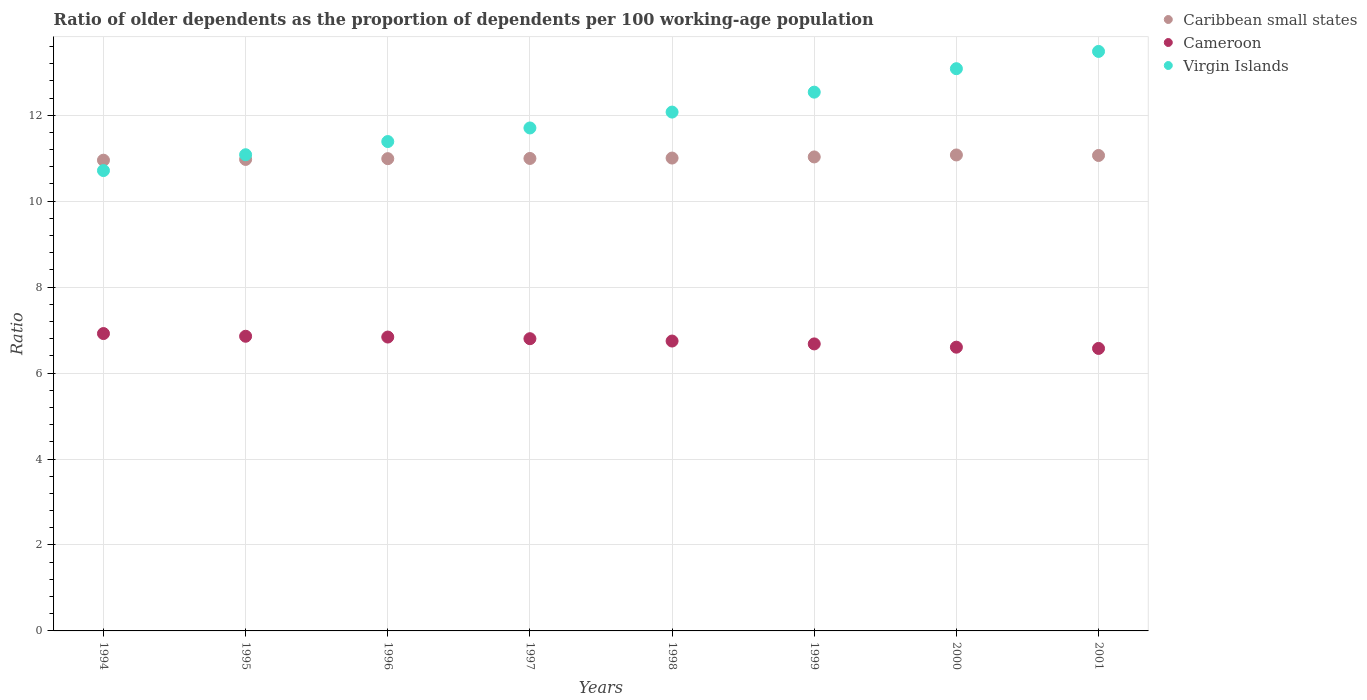
| Years | Caribbean small states | Cameroon | Virgin Islands |
 | --- | --- | --- | --- |
 | 1994 | 11 | 6.92 | 10.7 |
 | 1995 | 11 | 6.86 | 11.1 |
 | 1996 | 11 | 6.84 | 11.4 |
 | 1997 | 11 | 6.8 | 11.7 |
 | 1998 | 11 | 6.75 | 12.1 |
 | 1999 | 11 | 6.68 | 12.5 |
 | 2000 | 11.1 | 6.6 | 13.1 |
 | 2001 | 11.1 | 6.57 | 13.5 |